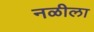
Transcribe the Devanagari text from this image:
नळीला